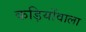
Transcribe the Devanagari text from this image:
कड़ियोंवाला